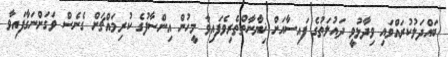
ބައްދަލުކުރައްވައި ވިދާޅުވީ ދައުލަތުގެ ފައިސާއަށް ޚިޔާނާތްތެރިވެފައިވާ މީހުން އިންސާފުގެ ކުރިމައްޗަށް ގެނެސް ވަގަށްނަގާފައިވާ